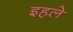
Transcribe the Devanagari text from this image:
इहले